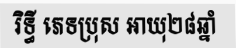
រិទ្ធី ភេទប្រុស អាយុ២៨ឆ្នាំ